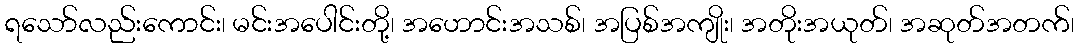
ရသော်လည်းကောင်း၊ မင်းအပေါင်းတို့၊ အဟောင်းအသစ်၊ အပြစ်အကျိုး၊ အတိုးအယုတ်၊ အဆုတ်အတက်၊